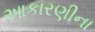
આકારણીના